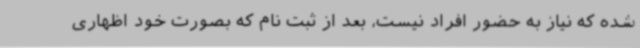
شده که نیاز به حضور افراد نیست، بعد از ثبت نام که بصورت خود اظهاری